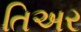
તિઅર